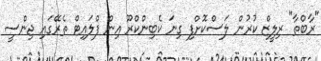
"ރާބްތާ" ރިލީޒް ކުރުން ލަސްކޮށްފި ގިނަ ކެބިންކްރޫ އިން ފްލައިޓް ތެރޭގައި ޖިންސީ